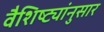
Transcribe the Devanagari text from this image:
वैशिष्ट्यांनुसार